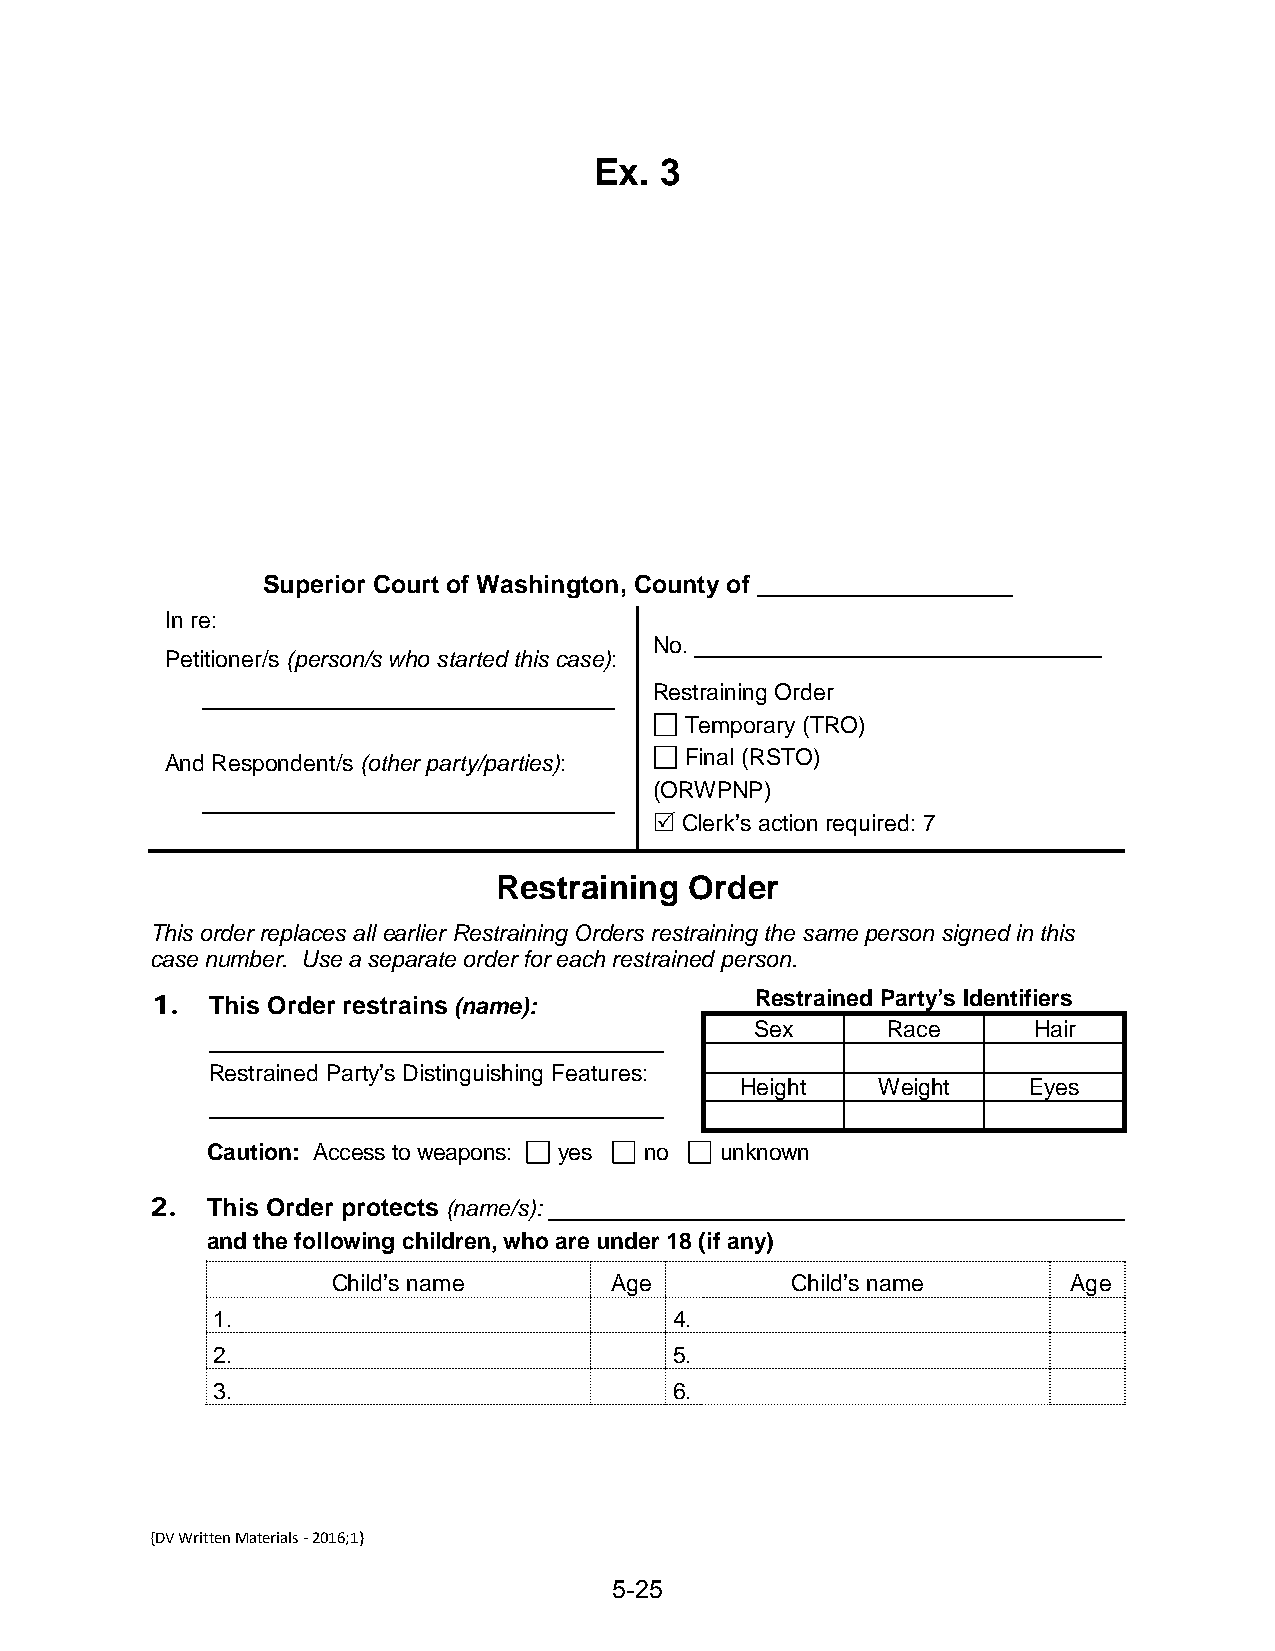
Ex.  3
 Superior Court of Washington, County of
 In re:
 No.
 Petitioner/s (person/s who started this case):
 Restraining Order
 Temporary (TRO)
 And Respondent/s (other party/parties): Final (RSTO)
 (ORWPNP)
  Clerk’s action required: 7
 Restraining  Order
 This order replaces all earlier Restraining Orders restraining the same person signed in this
 case number. Use a separate order for each restrained person.
 1.  This Order restrains (name):        Restrained Party’s Identifiers
 Sex      Race     Hair
 Restrained Party’s Distinguishing Features:
 Height   Weight    Eyes
 Caution: Access to weapons: yes no unknown
 2.  This Order protects (name/s):
 and the following children, who are under 18 (if any)
 Child’s name      Age         Child’s name       Age
 1.                             4.
 2.                             5.
 3.                             6.
 {DV Written Materials - 2016;1}
 5-25